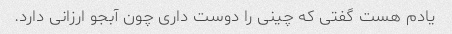
یادم هست گفتی که چینی را دوست داری چون آبجو ارزانی دارد.